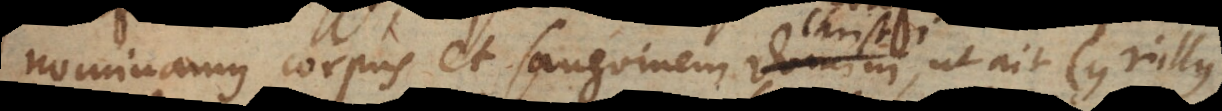
nominamus corpus et sanguinem Christi, ut ait Cyrillus,